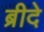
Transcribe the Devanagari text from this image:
ब्रीदे